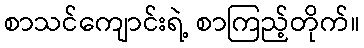
စာသင်ကျောင်းရဲ့ စာကြည့်တိုက်။